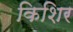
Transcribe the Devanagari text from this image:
किशिर